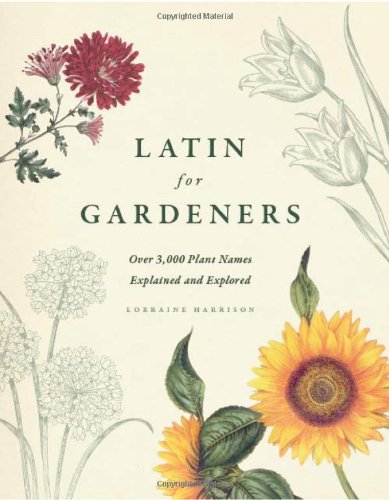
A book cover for Latin for Gardeners: Over 3,000 Plant Names Explained and Explored; Lorraine Harrison; Science & Math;